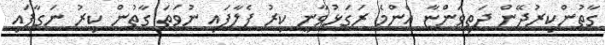
ގާތުންކިރުދޭން ދަތިވަންޏާ އެންމެ ރަގަޅުވާނީ ކިރު ފެލާފައި ނުވަތަ ގާތުން ކިރު ނަގާފައި